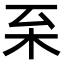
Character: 𣏏